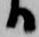
る